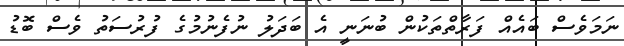
ނަމަވެސް ބައެއް ފަރާތްތަކުން ބުނަނީ އެ ބަދަލު ނުފެނުމުގެ ފުރުސަތު ވެސް ބޮޑު